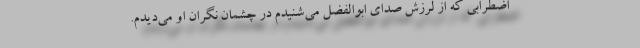
اضطرابی که از لرزش صدای ابوالفضل می‌شنیدم در چشمان نگران او می‌دیدم.